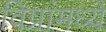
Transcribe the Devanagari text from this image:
विप्रांमध्ये